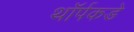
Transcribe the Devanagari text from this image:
थॉर्पकडे